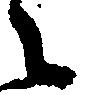
之